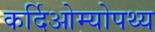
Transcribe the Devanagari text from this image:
कर्दिओम्योपथ्य